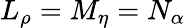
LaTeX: L_{\rho}=M_{\eta}=N_{\alpha}